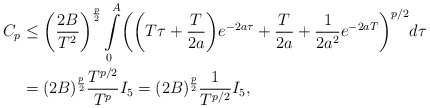
\begin{align*}C_p&{}\leq \biggl(\frac{2B}{T^2} \biggr)^\frac{p} {2}\int\limits_0^{A}\biggl( \biggl(T\tau+\frac{T}{2a} \biggr)e^{-2a\tau}+\frac{T}{2a}+\frac{1}{2a^2}e^{-2aT} \biggr)^{p/2}d\tau\\&{}= (2B )^\frac {p} {2}\frac{T^{p/2}}{T^p}I_5= (2B)^\frac{p} {2}\frac{1}{T^{p/2}}I_5,\end{align*}